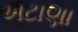
ખટાણા